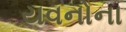
યવનોના